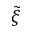
\tilde { \xi }